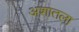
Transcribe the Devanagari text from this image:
अशातला